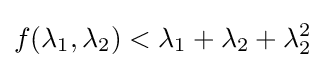
f(\lambda _{1},\lambda _{2})<\lambda _{1}+\lambda _{2}+\lambda _{2}^{2}